Assam Mental Hospital (Tezpur, India) - 1933-1948
Year: 1933
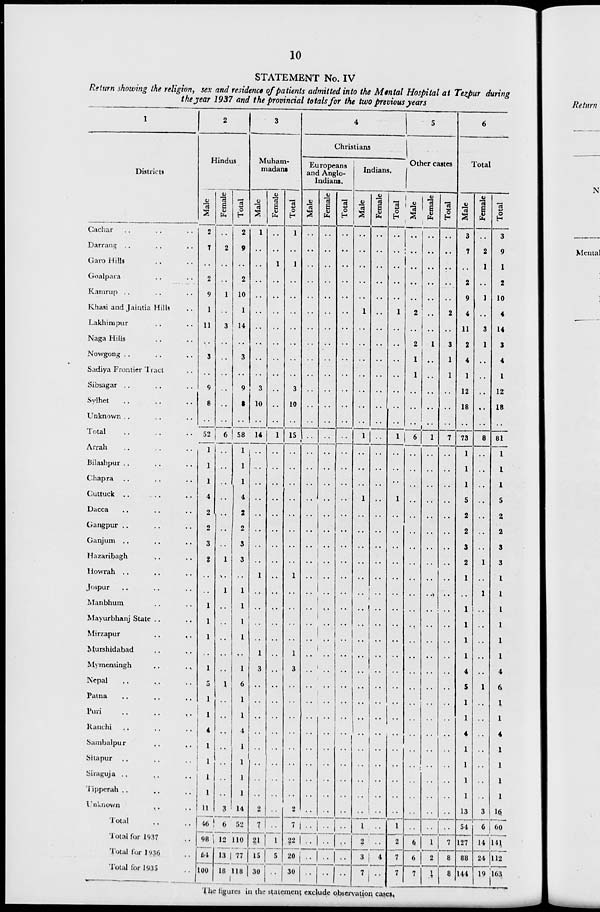
10
STATEMENT No. IV
Return showing the religion, sex and residence of patients admitted into the Mental Hospital at Tezpur during
the year 1937 and the provincial totals for the two previous years
1
Districts
Cachar .. .. ..
Darrang .. .. ..
Garo Hills .. ..
Goalpara .. ..
Kamrup .. .. ..
Khasi and Jaintia Hills ..
Lakhimpur .. ..
Naga Hills .. ..
Nowgong .. .. ..
Sadiya Frontier Tract ..
Sibsagar .. .. ..
Sylhet .. .. ..
Unknown .. .. ..
Total .. .. ..
Arrah .. .. ..
Bilashpur .. .. ..
Chapra .. .. ..
Cuttuck .. .. ..
Dacca .. .. ..
Gangpur .. .. ..
Ganjum .. .. ..
Hazaribagh .. ..
Howrah .. .. ..
Jospur .. .. ..
Manbhum .. ..
Mayurbhanj State .. ..
Mirzapur .. ..
Murshidabad .. ..
Mymensingh .. ..
Nepal .. .. ..
Patna .. .. ..
Puri .. .. ..
Ranchi .. .. ..
Sambalpur .. ..
Sitapur .. .. ..
Siraguja .. .. ..
Tipperah .. .. ..
Unknown .. ..
Total .. ..
Total for 1937 ..
Total for 1936 ..
Total for 1935 ..
2
Hindus
Male
2
7
..
2
9
1
11
..
3
..
9
8
..
52
1
1
1
4
2
2
3
2
..
..
1
1
1
..
1
5
1
1
4
1
1
1
1
11
46
98
64
100
Female
..
2
..
..
1
..
3
..
..
..
..
..
..
6
..
..
..
..
..
..
..
1
..
1
..
..
..
..
..
1
..
..
..
..
..
..
..
3
6
12
13
18
Total
2
9
..
2
10
1
14
..
3
..
9
8
..
58
1
1
1
4
2
2
3
3
..
1
1
1
1
..
1
6
1
1
4
1
1
1
1
14
52
110
77
118
3
Muham-
madans
Male
1
..
..
..
..
..
..
..
..
..
3
10
..
14
..
..
..
..
..
..
..
..
1
..
..
..
..
1
3
..
..
..
..
..
..
..
..
2
7
21
15
30
Female
..
..
1
..
..
..
..
..
..
..
..
..
..
1
..
..
..
..
..
..
..
..
..
..
..
..
..
..
..
..
..
..
..
..
..
..
..
..
..
1
5
..
Total
1
..
1
..
..
..
..
..
..
..
3
10
..
15
..
..
..
..
..
..
..
..
1
..
..
..
..
1
3
..
..
..
..
..
..
..
..
2
7
22
20
30
4
Christians
Europeans
and Anglo-
Indians.
Male
..
..
..
..
..
..
..
..
..
..
..
..
..
..
..
..
..
..
..
..
..
..
..
..
..
..
..
..
..
..
..
..
..
..
..
..
..
..
..
..
..
..
Female
..
..
..
..
..
..
..
..
..
..
..
..
..
..
..
..
..
..
..
..
..
..
..
..
..
..
..
..
..
..
..
..
..
..
..
..
..
..
..
..
..
..
Total
..
..
..
..
..
..
..
..
..
..
..
..
..
..
..
..
..
..
..
..
..
..
..
..
..
..
..
..
..
..
..
..
..
..
..
..
..
..
. .
..
..
..
Indians.
Male
..
..
..
..
..
1
..
..
..
..
..
..
..
1
..
..
..
1
..
..
..
..
..
..
..
..
..
..
..
..
..
..
..
..
..
..
..
..
1
2
3
7
Female
..
..
..
..
..
..
..
..
..
..
..
..
..
..
..
..
..
..
..
..
..
..
..
..
..
..
..
..
..
..
..
..
..
..
..
..
..
..
..
..
4
..
Total
..
..
..
..
..
1
..
..
..
..
..
..
..
1
..
..
..
1
..
..
..
..
..
..
..
..
..
..
..
..
..
..
..
..
..
..
..
..
1
2
7
7
5
Other castes
Male
..
..
..
..
..
2
..
2
1
1
..
..
..
6
..
..
..
..
..
..
..
..
..
..
..
..
..
..
..
..
..
..
..
..
..
..
..
..
..
6
6
7
Female
..
..
..
..
..
..
..
1
..
..
..
..
..
1
..
..
..
..
..
..
..
..
..
..
..
..
..
..
..
..
..
..
..
..
..
..
..
..
..
1
2
1
Total
..
..
..
..
..
2
..
3
1
1
..
..
..
7
..
..
..
..
..
..
..
..
..
..
..
..
..
..
..
..
..
..
..
..
..
..
..
..
..
7
8
8
6
Total
Male
3
7
..
2
9
4
11
2
4
1
12
18
..
73
1
1
1
5
2
2
3
2
1
..
1
1
1
1
4
5
1
1
4
1
1
1
1
13
54
127
88
144
Female
..
2
1
..
1
..
3
1
..
..
..
..
..
8
..
..
..
..
..
..
..
1
..
1
..
..
..
..
..
1
..
..
..
..
..
..
..
3
6
14
24
19
Total
3
9
1
2
10
4
14
3
4
1
12
18
..
81
1
1
1
5
2
2
3
3
1
1
1
1
1
1
4
6
1
1
4
1
1
1
1
16
60
141
112
163
The figures in the statement exclude observation cases.